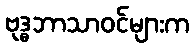
ဗုဒ္ဓဘာသာဝင်များက